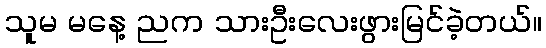
သူမ မနေ့ ညက သားဦးလေးဖွားမြင်ခဲ့တယ်။